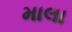
માલા